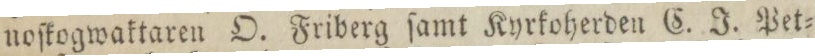
noſkogwaktaren O. Friberg ſamt Kyrkoherden C. J. Pet=